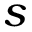
s